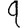
Digit: 9